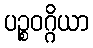
ပဉ္စဝဂ္ဂိယာ